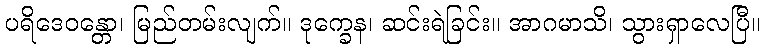
ပရိဒေဝန္တော၊ မြည်တမ်းလျက်။ ဒုက္ခေန၊ ဆင်းရဲခြင်း။ အာဂမာသိ၊ သွားရှာလေပြီ။